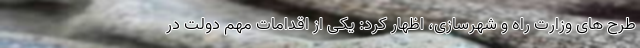
طرح های وزارت راه و شهرسازی، اظهار کرد: یکی از اقدامات مهم دولت در